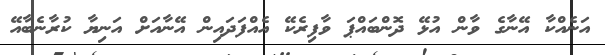
އަނެއްކާ އޭނާގެ ވާން އުޅޭ ދޮންބައްޕަ ވާފިރެކޭ އެއްފަދައިން އޭނާއަށް އަނިޔާ ކުރާނެބާއޭ